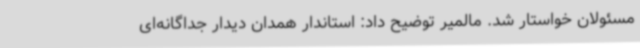
مسئولان خواستار شد. مالمیر توضیح داد: استاندار همدان دیدار جداگانه‌ای